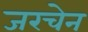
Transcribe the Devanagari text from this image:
जरचेन